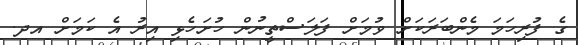
ގެ ފުރިހަމަ މެންބަރަކަށް ވުމަށް ފަލަސްތީނުން ހުށަހެޅި އިރު އެ ކަމަށް އދ.